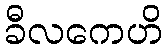
ခီလကေဟိ